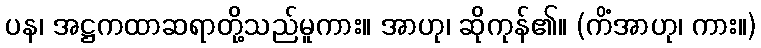
ပန၊ အဋ္ဌကထာဆရာတို့သည်မူကား။ အာဟု၊ ဆိုကုန်၏။ (ကိံအာဟု၊ ကား။)